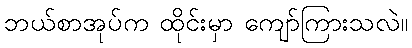
ဘယ်စာအုပ်က ထိုင်းမှာ ကျော်ကြားသလဲ။